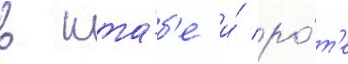
в шта́б'е и́ ро́т'е